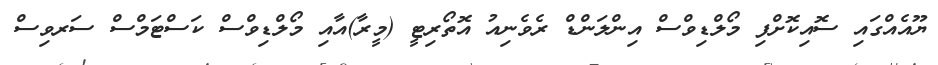
ޔޫއެއްގައި ސޮއިކޮށްފި މޯލްޑިވްސް އިންލަންޑް ރެވެނިއު އޮތޯރިޓީ (މީރާ)އާއި މޯލްޑިވްސް ކަސްޓަމްސް ސަރވިސް